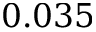
0 . 0 3 5